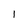
Character: l